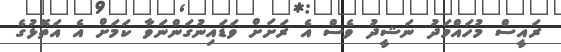
ރައީސް މުހައްމަދު ނަޝީދު ވެސް އެ ރަށަށް ވަޑައިނުގަންނަވާ ކަމަށް އެ އަތޮޅުގެ